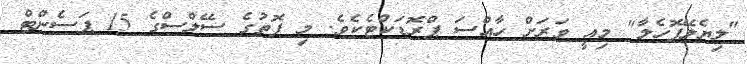
"ލިޔެލޭފޮހެލާ" މިއީ ވަރަށް ހާއްސަ ޕްރޮޑަކްޓެކެވެ. މި ފޮތުގެ ސޭލްސްގެ 15 ޕަސެންޓް